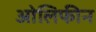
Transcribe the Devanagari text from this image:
ओलिफीन